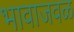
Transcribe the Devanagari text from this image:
भावाजवळ